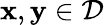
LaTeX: \mathbf{x},\mathbf{y}\in{\mathcal{D}}